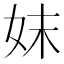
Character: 妺